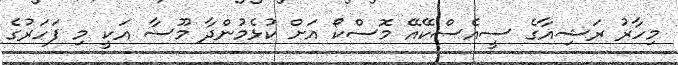
މިހާރު ރަޝިއާގެ ސީއެސްކޭއޭ މޮސްކޯ އަށް ކުޅެމުންދާ މޫސާ އަކީ މި ފަހަރުގެ